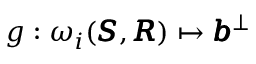
g : \omega _ { i } ( \pmb { S } , \pmb { R } ) \mapsto \pmb { b } ^ { \bot }